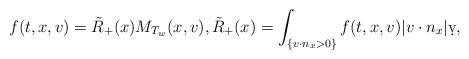
LaTeX: \begin{align*} f(t, x,v) = \tilde R_+(x) M_{T_w}(x,v), \tilde R_+(x) = \int_{\{v \cdot n_x >0\}} f(t, x,v) |v \cdot n_x| \d v,\end{align*}